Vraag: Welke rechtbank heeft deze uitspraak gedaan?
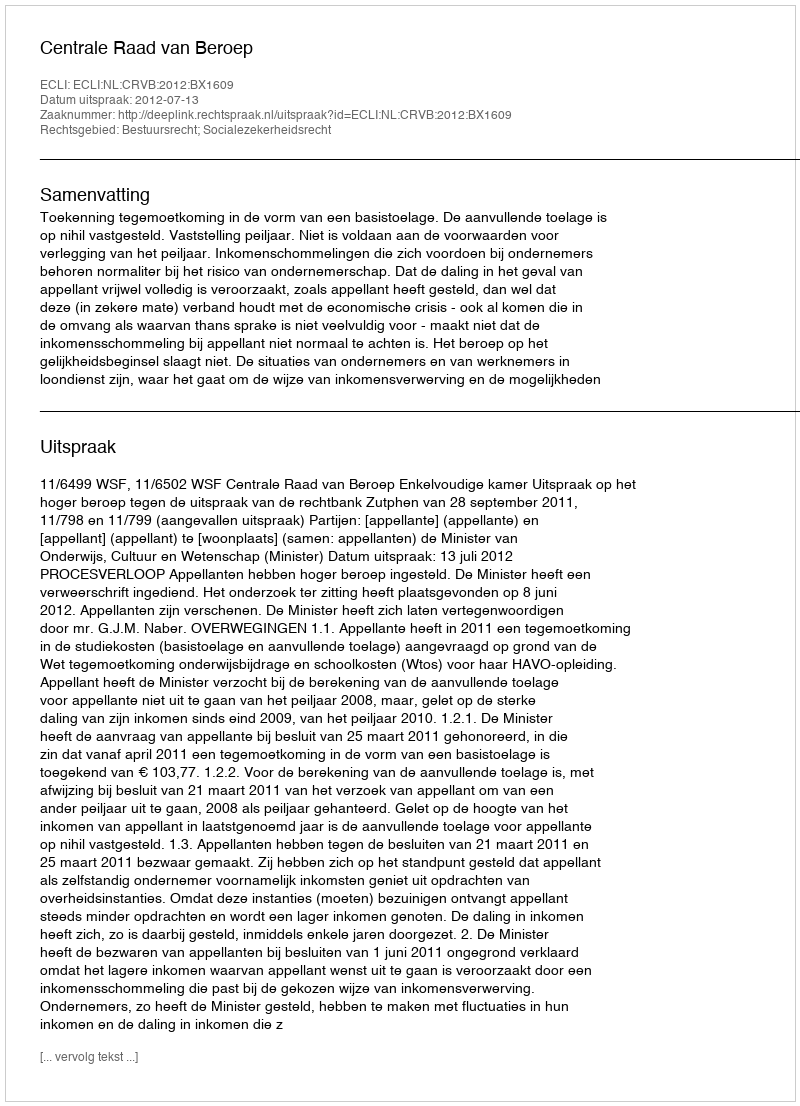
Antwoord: Centrale Raad van Beroep